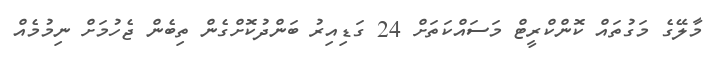
މާލޭގެ މަގުތައް ކޮންކްރީޓް މަސައްކަތަށް 24 ގަޑިއިރު ބަންދުކޮށްގެން ތިބެން ޖެހުމަށް ނިމުމެއް